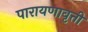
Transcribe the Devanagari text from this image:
पारायणावृत्ती